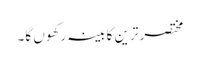
مختصر ترین کابینہ رکھوں گا۔